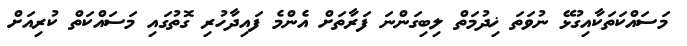
މަސައްކަތަކާއިގުޅޭ ނުވަތަ ޚިދުމަތް ލިބިގަންނަ ފަރާތަށް އެންމެ ފައިދާހުރި ގޮތުގައި މަސައްކަތް ކުރިއަށް